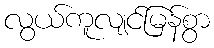
လွယ်ကူလျင်မြန်စွာ